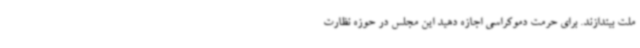
ملت بیندازند. برای حرمت دموکراسی اجازه دهید این مجلس در حوزه نظارت